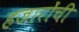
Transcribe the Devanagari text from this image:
हजारोंची